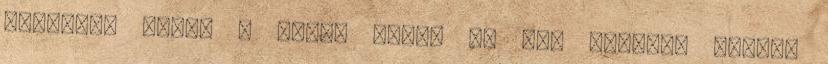
tetszik, ahogy a lábad nézd, ha úgy tetszik rajtam